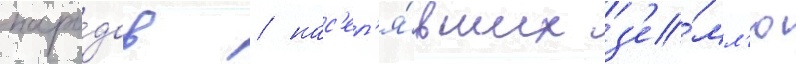
наро́дов / нас'ел'я́вших з'е́мл'ю